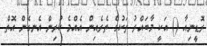
ރޮޑީނިއާ () އަކީ މާބައްރު ތަކުގެ ތެރެއިން އެއްމެ ކުރިން އެނގެން އޮތް